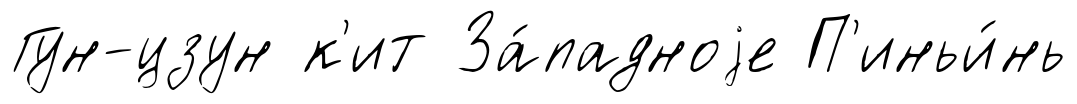
Гун-цзун к'ит За́падноjе П'иньи́нь